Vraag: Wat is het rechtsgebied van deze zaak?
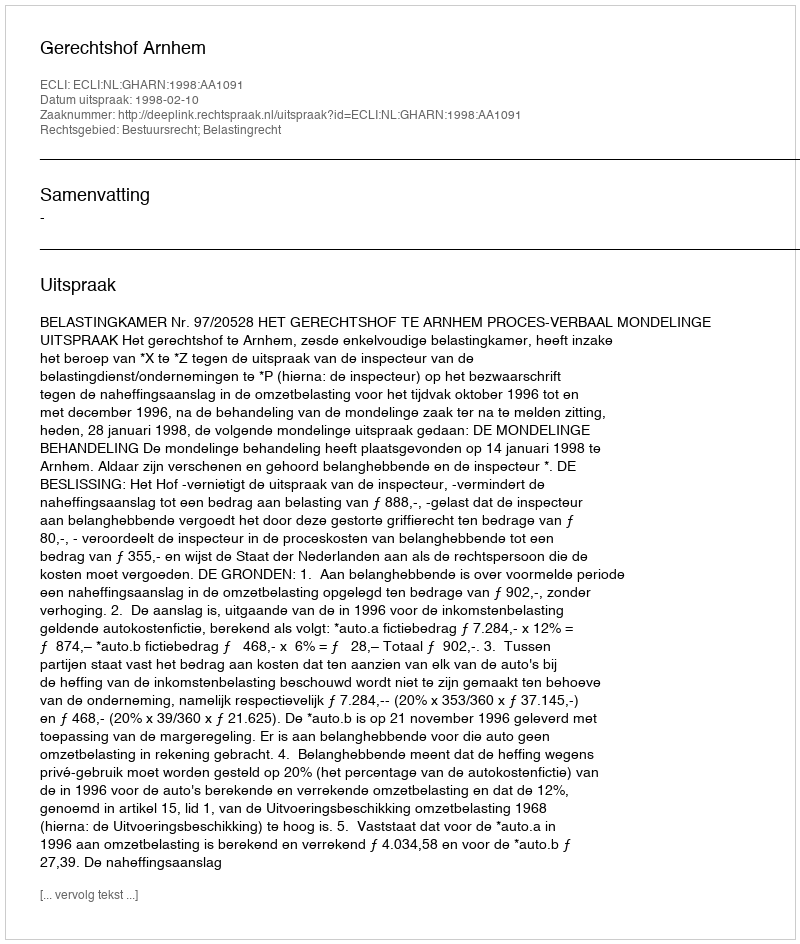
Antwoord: Bestuursrecht; Belastingrecht